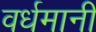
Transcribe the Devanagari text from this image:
वर्धमानी